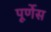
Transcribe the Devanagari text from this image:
पूर्णेस